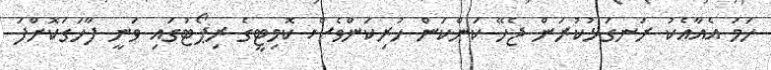
ހަމަ އެއާއެކު ރަނގަޅުކުރަން ޖެހޭ ކަންކަން ހުރިކަންވެސް ކޮމިޓީގެ ރިޕޯޓުގައި ވަނީ ފާހަގަކޮށްފަ